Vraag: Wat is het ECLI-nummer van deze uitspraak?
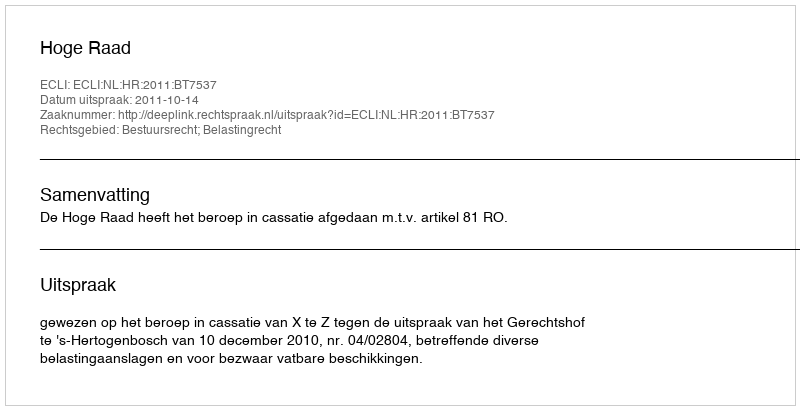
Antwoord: ECLI:NL:HR:2011:BT7537